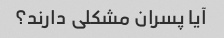
آیا پسران مشکلی دارند؟